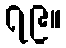
၇၉။